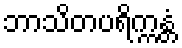
ဘာသိတပရိက္ကန္တံ